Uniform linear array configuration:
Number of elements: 8
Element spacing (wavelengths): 0.25
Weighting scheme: uniform
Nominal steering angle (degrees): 15
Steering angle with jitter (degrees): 13.469
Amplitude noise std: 0.05
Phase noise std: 0.05

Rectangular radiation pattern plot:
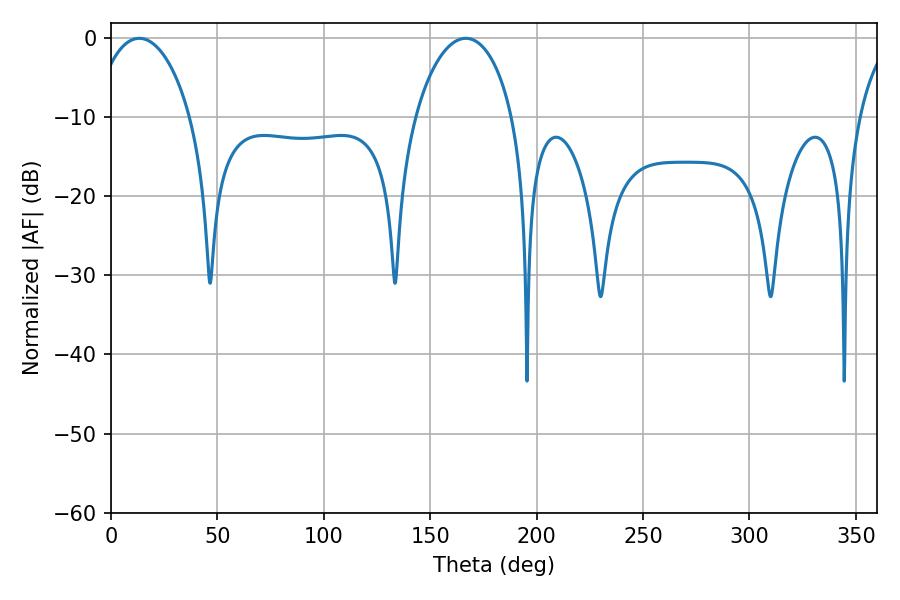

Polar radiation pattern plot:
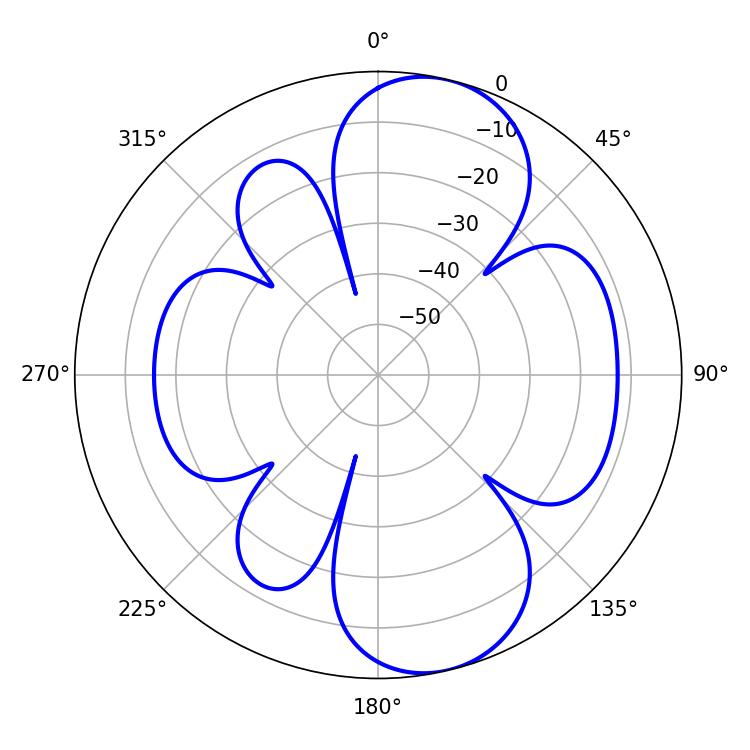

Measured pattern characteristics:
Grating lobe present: FALSE
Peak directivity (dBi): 9.083
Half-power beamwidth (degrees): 26.28
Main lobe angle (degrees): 13.32